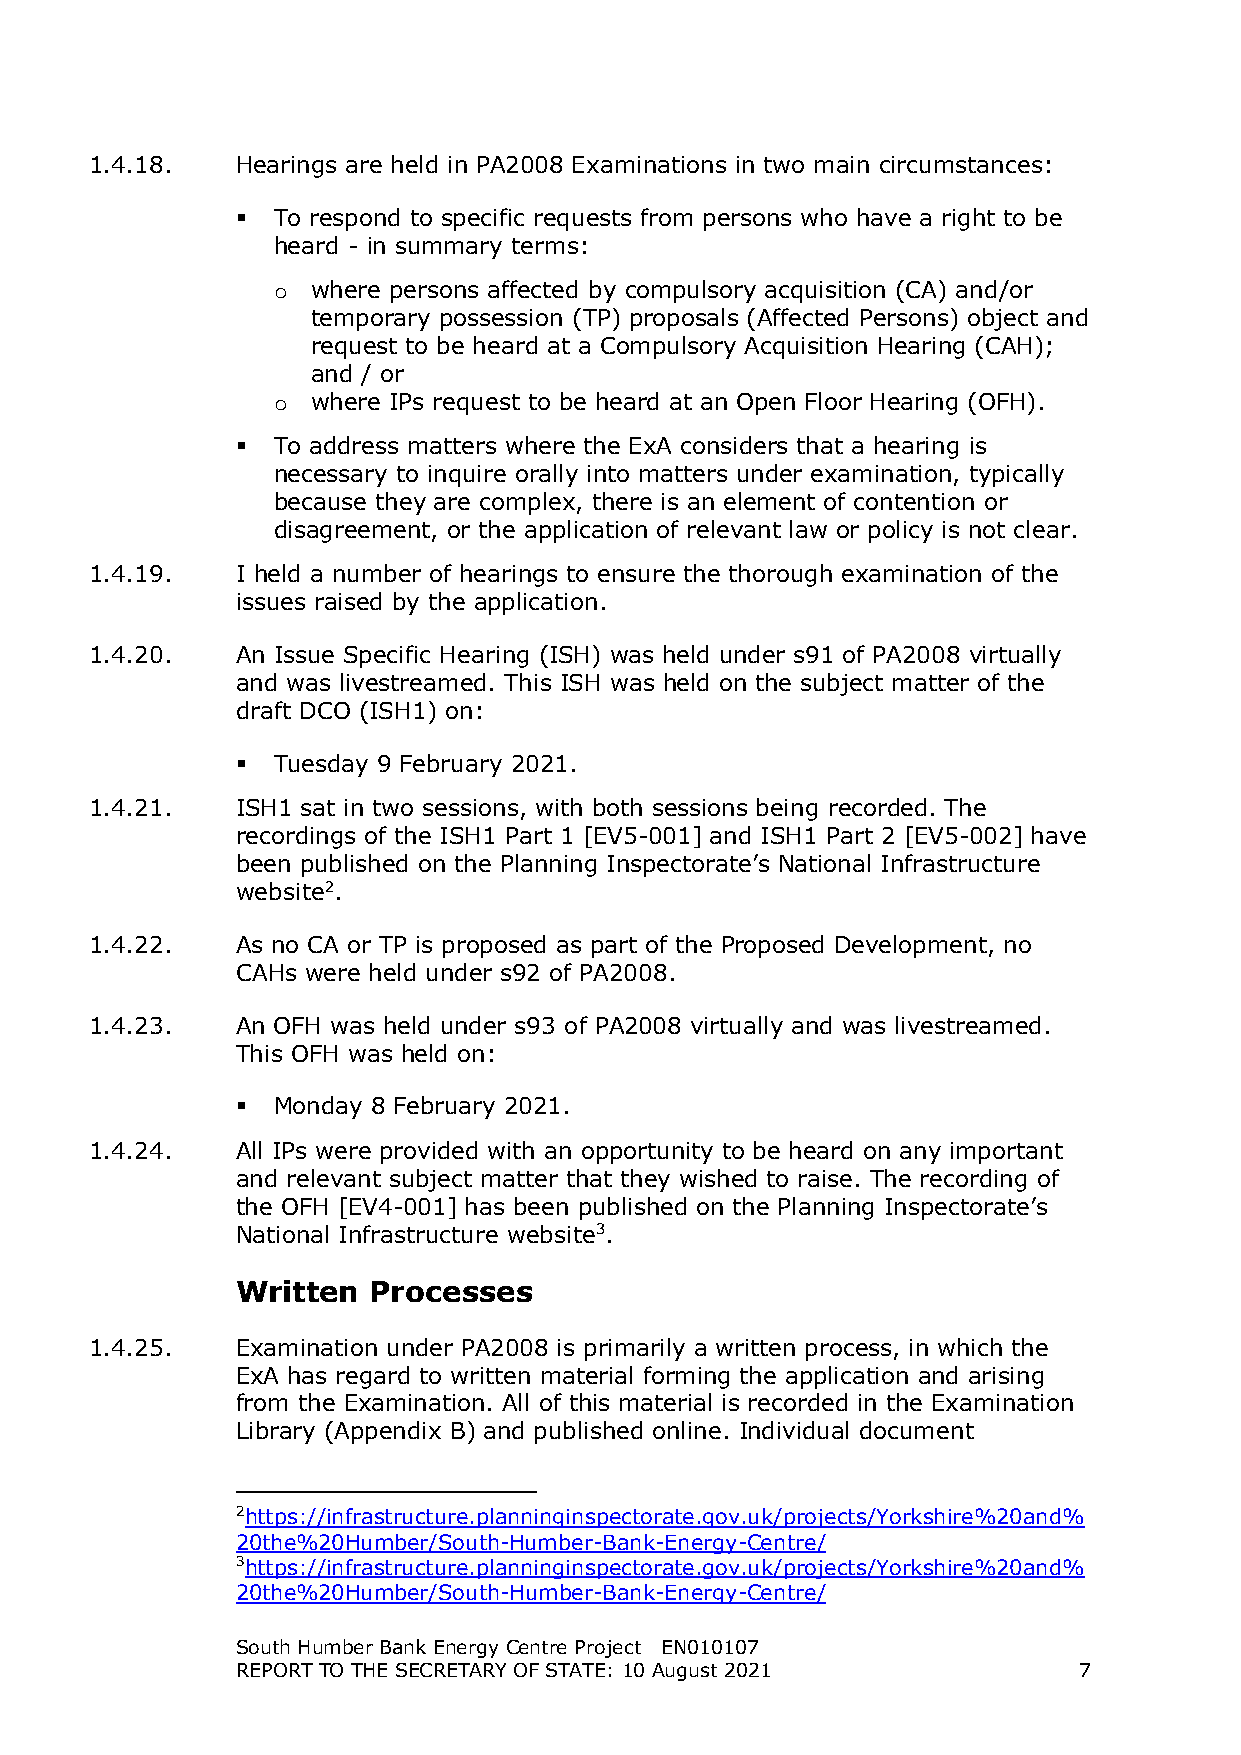
1.4.18.   Hearings are held in PA2008 Examinations in two main circumstances:
  To respond to specific requests from persons who have a right to be
 heard - in summary terms:
 where persons affected by compulsory acquisition (CA) and/or
 о
 temporary possession (TP) proposals (Affected Persons) object and
 request to be heard at a Compulsory Acquisition Hearing (CAH);
 and / or
 where IPs request to be heard at an Open Floor Hearing (OFH).
 о
  To address matters where the ExA considers that a hearing is
 necessary to inquire orally into matters under examination, typically
 because they are complex, there is an element of contention or
 disagreement, or the application of relevant law or policy is not clear.
 1.4.19.   I held a number of hearings to ensure the thorough examination of the
 issues raised by the application.
 1.4.20.   An Issue Specific Hearing (ISH) was held under s91 of PA2008 virtually
 and was livestreamed. This ISH was held on the subject matter of the
 draft DCO (ISH1) on:
  Tuesday 9 February 2021.
 1.4.21.   ISH1 sat in two sessions, with both sessions being recorded. The
 recordings of the ISH1 Part 1 [EV5-001] and ISH1 Part 2 [EV5-002] have
 been published on the Planning Inspectorate’s National Infrastructure
 website2.
 1.4.22.   As no CA or TP is proposed as part of the Proposed Development, no
 CAHs were held under s92 of PA2008.
 1.4.23.   An OFH was held under s93 of PA2008 virtually and was livestreamed.
 This OFH was held on:
  Monday 8 February 2021.
 1.4.24.   All IPs were provided with an opportunity to be heard on any important
 and relevant subject matter that they wished to raise. The recording of
 the OFH [EV4-001] has been published on the Planning Inspectorate’s
 National Infrastructure website3.
 Written Processes
 1.4.25.   Examination under PA2008 is primarily a written process, in which the
 ExA has regard to written material forming the application and arising
 from the Examination. All of this material is recorded in the Examination
 Library (Appendix B) and published online. Individual document
 2https://infrastructure.planninginspectorate.gov.uk/projects/Yorkshire%20and%
 20the%20Humber/South-Humber-Bank-Energy-Centre/
 3https://infrastructure.planninginspectorate.gov.uk/projects/Yorkshire%20and%
 20the%20Humber/South-Humber-Bank-Energy-Centre/
 South Humber Bank Energy Centre Project EN010107
 REPORT TO THE SECRETARY OF STATE: 10 August 2021       7